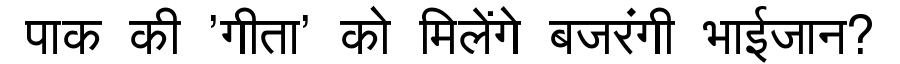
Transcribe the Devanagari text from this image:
पाक की 'गीता' को मिलेंगे बजरंगी भाईजान?